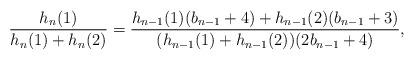
LaTeX: \begin{align*}\frac{h_n(1)}{h_n(1)+h_n(2)}=\frac{h_{n-1}(1)(b_{n-1}+4)+h_{n-1}(2)(b_{n-1}+3)}{(h_{n-1}(1)+h_{n-1}(2))(2b_{n-1}+4)},\end{align*}